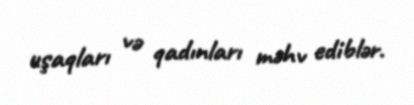
uşaqları və qadınları məhv ediblər.